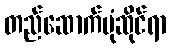
တည်ဆောက်ပုံဆိုင်ရာ